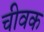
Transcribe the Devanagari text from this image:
चीवक